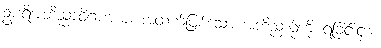
ဥပရိအဘိညာဝိဂမာယ၊ အထက်ဖြစ်သော အဘိညာဉ်ကို ရခြင်းငှာ။